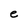
Character: e